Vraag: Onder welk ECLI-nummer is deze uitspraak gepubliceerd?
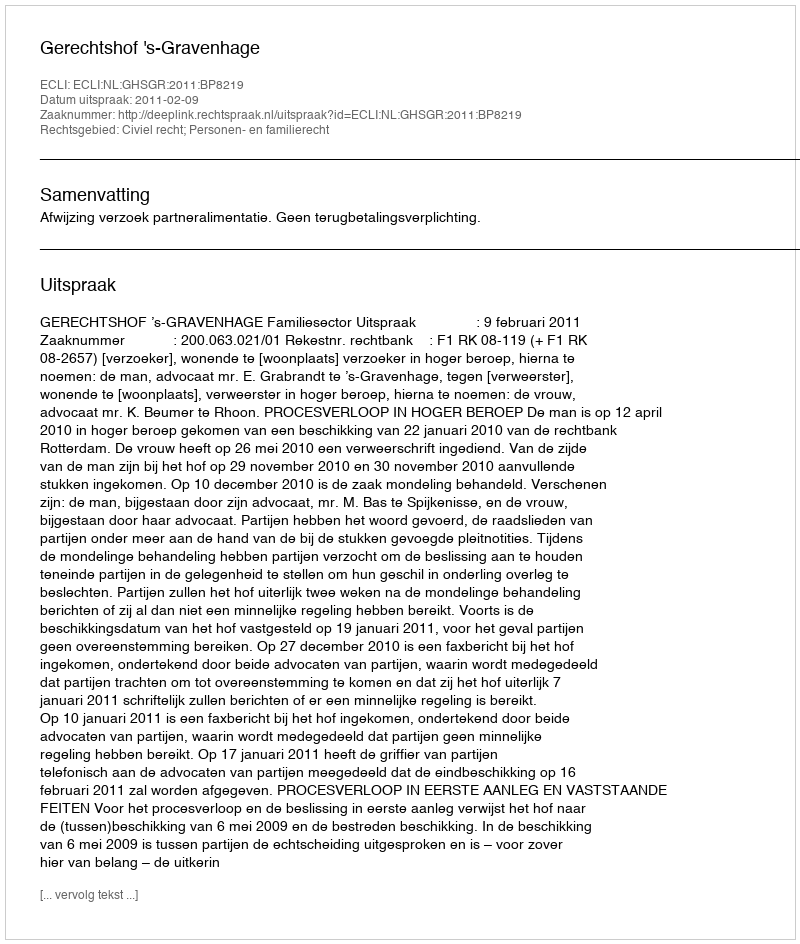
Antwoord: ECLI:NL:GHSGR:2011:BP8219